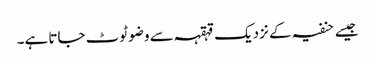
جیسے حنفیہ کے نزدیک قہقہہ سے وضو ٹوٹ جاتا ہے۔